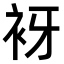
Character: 𧘪